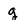
Character: g